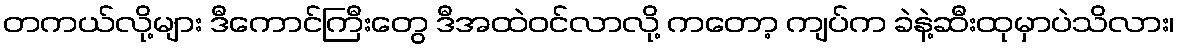
တကယ်လို့များ ဒီကောင်ကြီးတွေ ဒီအထဲဝင်လာလို့ ကတော့ ကျပ်က ခဲနဲ့ဆီးထုမှာပဲသိလား၊